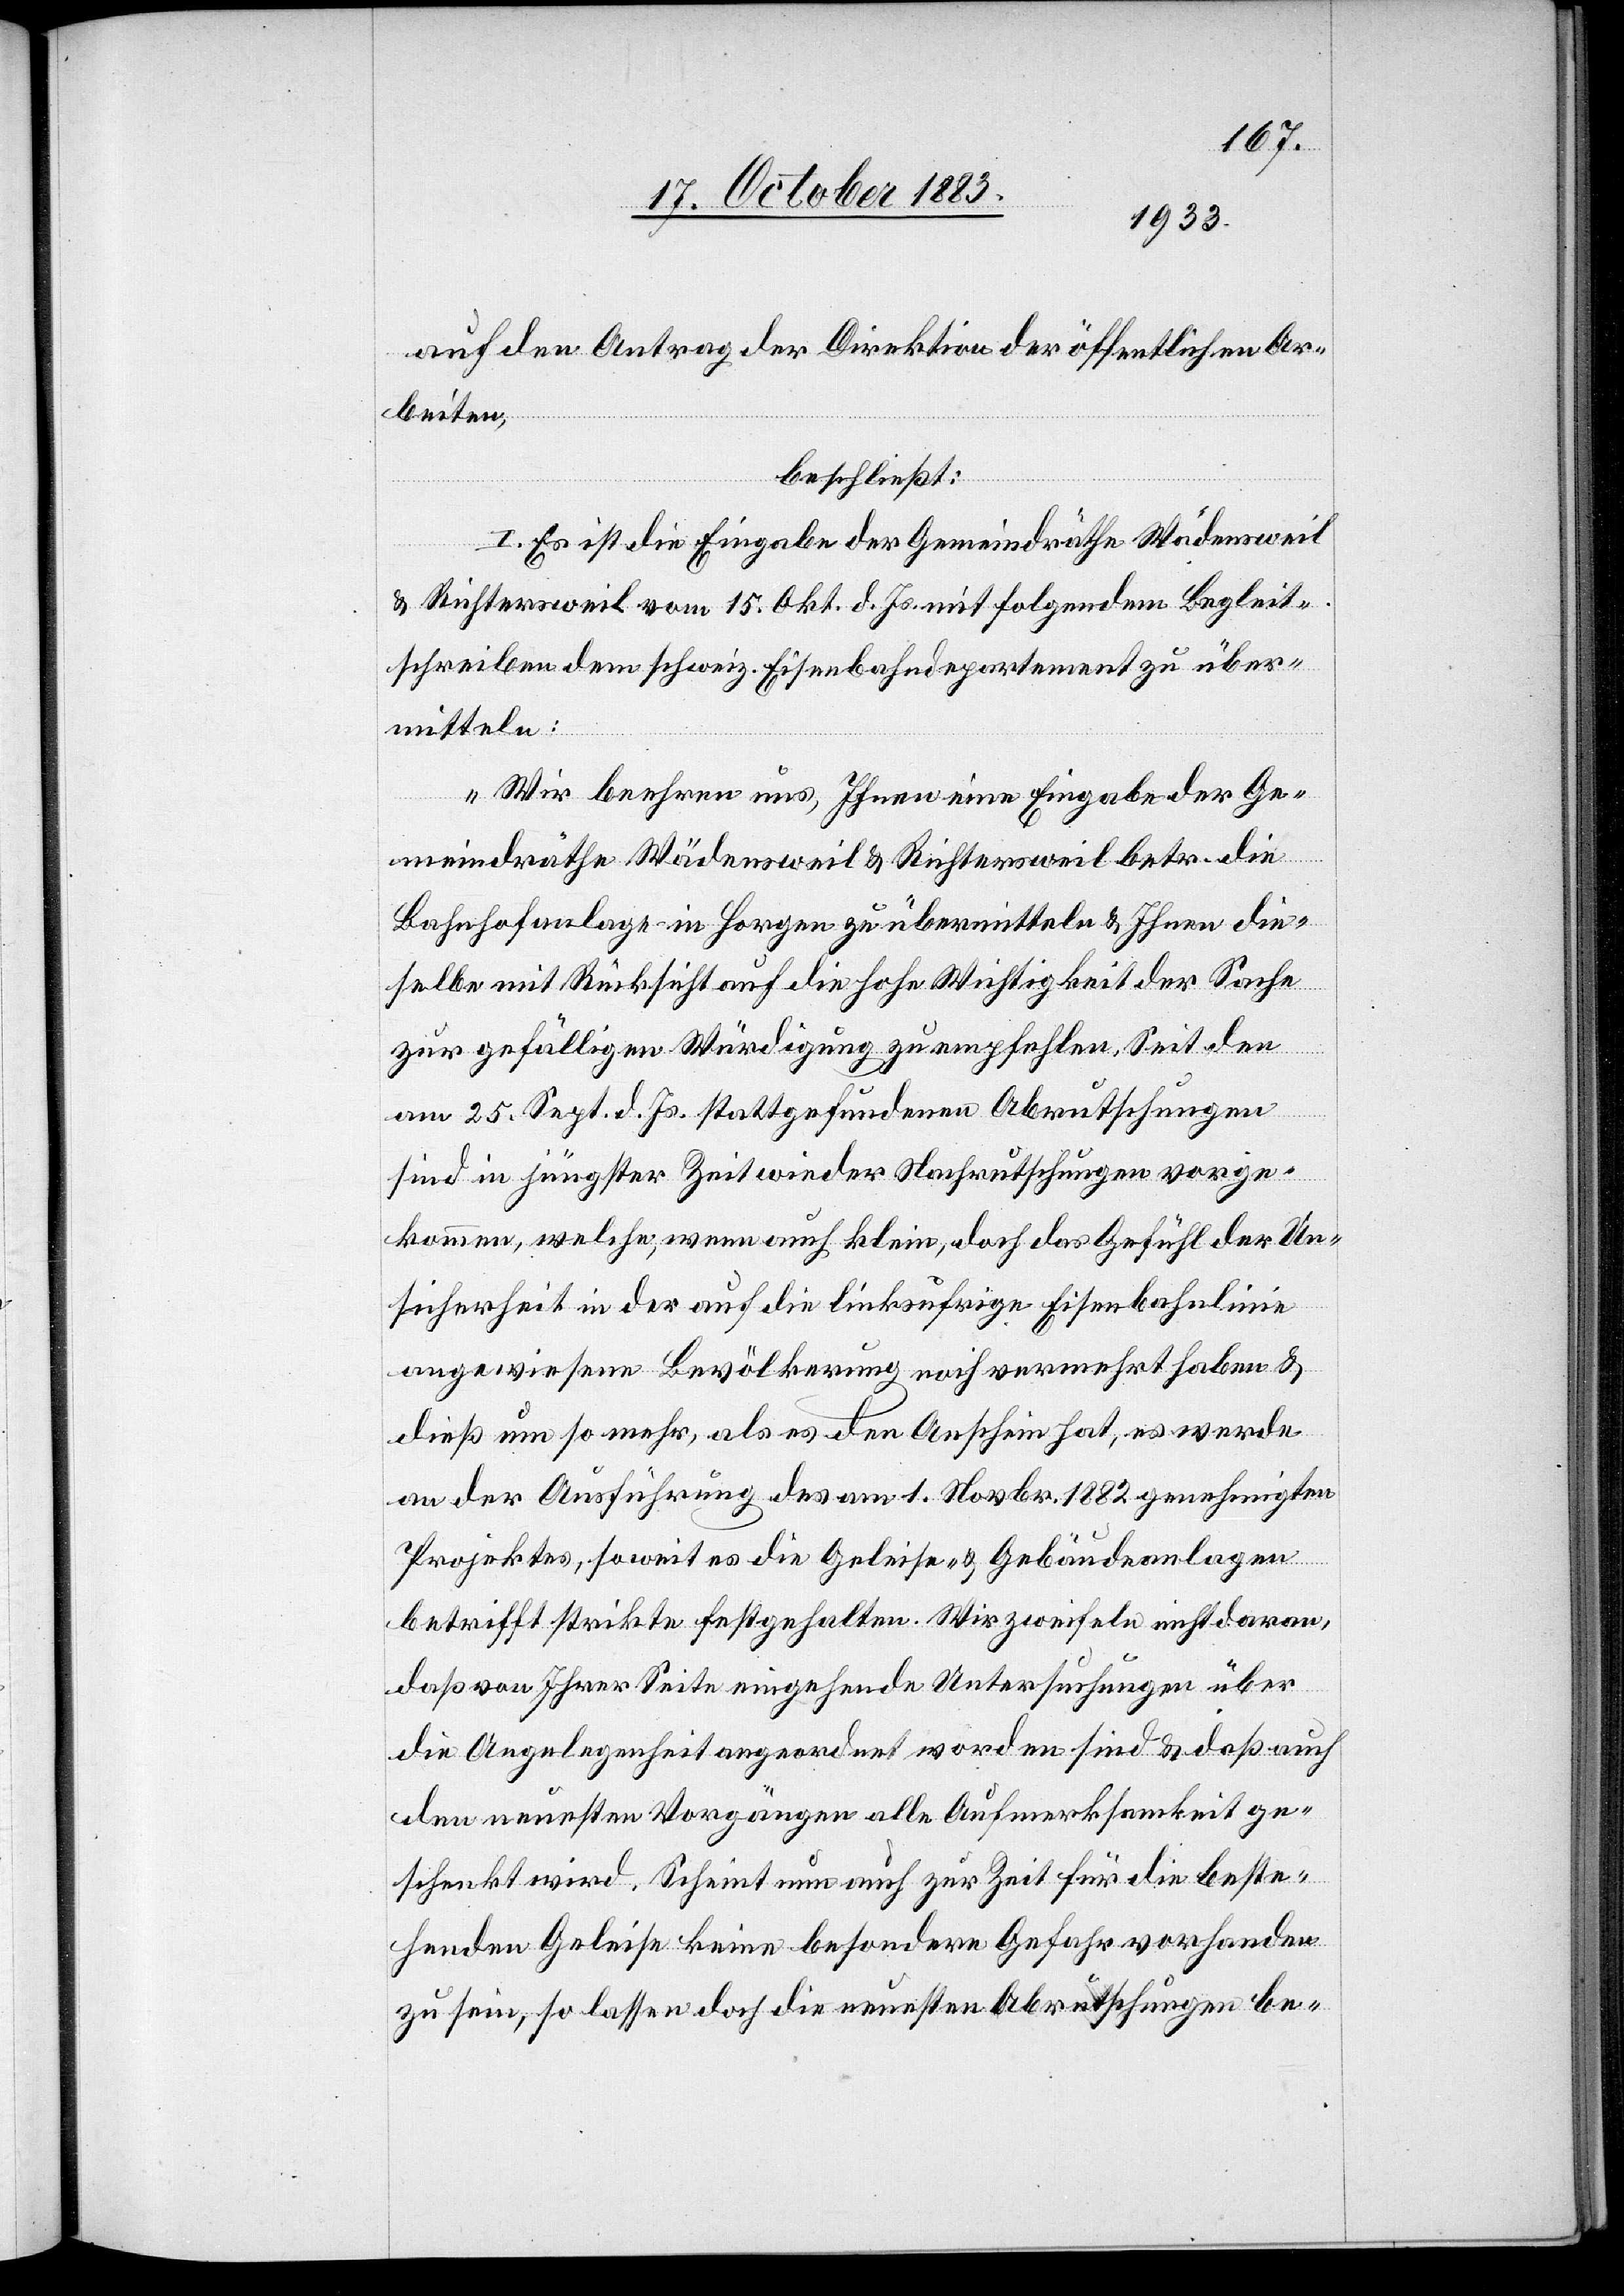
auf den Antrag der Direktion der öffentlichen Ar¬
beiten,
beschließt:
I. Es ist die Eingabe der Gemeindräthe Wädensweil
& Richtersweil vom 15. Okt. d. Js. mit folgendem Begleit¬
schreiben dem schweiz. Eisenbahndepartement zu über¬
mitteln:
„Wir beehren uns, Ihnen eine Eingabe der Ge¬
meindräthe Wädensweil & Richtersweil betr. die
Bahnhofanlage in Horgen zu übermitteln & Ihnen die¬
selbe mit Rücksicht auf die hohe Wichtigkeit der Sache
zur gefälligen Würdigung zu empfehlen. Seit den
am 25. Sept. d. Js. stattgefundenen Abrutschungen
sind in jüngster Zeit wieder Nachrutschungen vorge¬
kommen, welche, wenn auch klein, doch das Gefühl der Un¬
sicherheit in der auf die linksufrige Eisenbahnlinie
angewiesene Bevölkerung noch vermehrt haben &
dieß um so mehr, als es den Anschein hat, es werde
an der Ausführung des am 1. Novbr. 1882 genehmigten
Projektes, soweit es die Geleise- & Gebäudeanlagen
betrifft strikte festgehalten. Wir zweifeln nicht daran,
daß von Ihrer Seite eingehende Untersuchungen über
die Angelegenheit angeordnet worden sind & daß auch
den neuesten Vorgängen alle Aufmerksamkeit ge¬
schenkt wird. Scheint nun auch zur Zeit für die beste¬
henden Geleise keine besondere Gefahr vorhanden
zu sein, so lassen doch die neuesten Abrutschungen be-